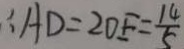
\therefore A D = 2 D E = \frac { 1 4 } { 5 }